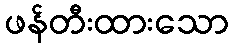
ဖန်တီးထားသော